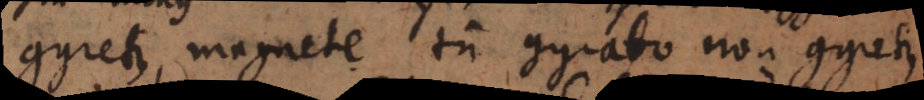
gyretur, magnete tum gyrato non gyretur,